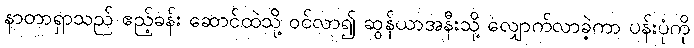
နာတာရှာသည် ဧည့်ခန်း ဆောင်ထဲသို့ ဝင်လာ၍ ဆွန်ယာအနီးသို့ လျှောက်လာခဲ့ကာ ပန်းပုံကို